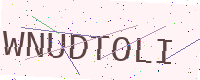
Text: WNUDTOLI